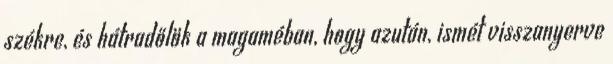
székre, és hátradőlök a magaméban, hogy azután, ismét visszanyerve